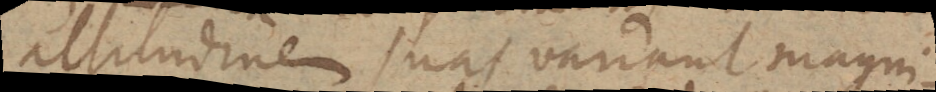
altitudinem suas variant magni-